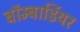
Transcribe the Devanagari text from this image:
बॉम्बार्डियर